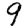
Digit: 9